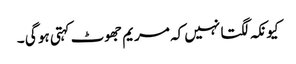
کیونکہ لگتا نہیں کہ مریم جھوٹ کہتی ہو گی ۔